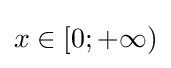
x\in [0;+\infty )